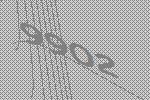
9902